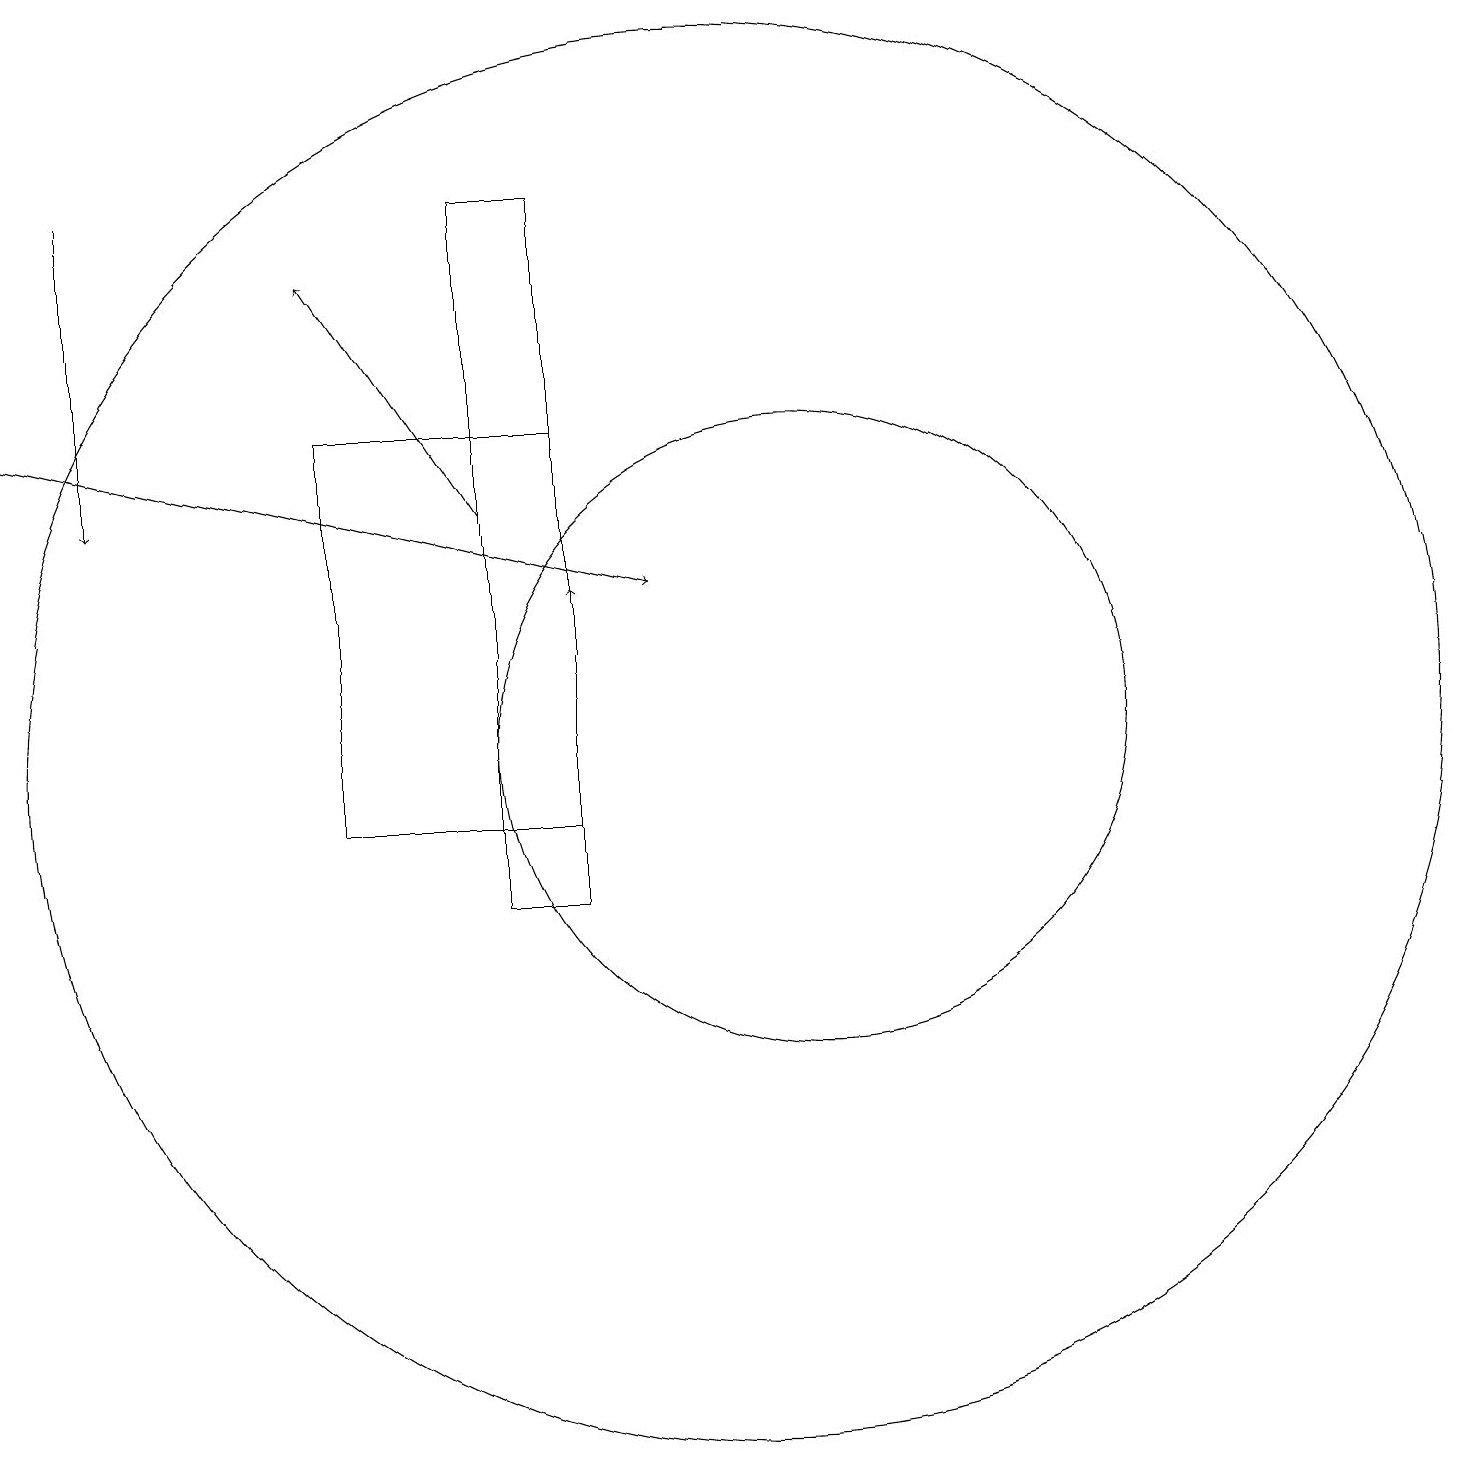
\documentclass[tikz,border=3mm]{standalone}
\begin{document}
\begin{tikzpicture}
\draw[->] (1,16) -- (9,14);
\draw[->] (7,15) -- (5,18);
\draw (11,12) circle (4);
\draw (10,12) circle (9);
\draw[->] (2,19) -- (2,15);
\draw (7,19) rectangle (8,10);
\draw (8,16) rectangle (5,11);
\draw[->] (8,12) -- (8,14);
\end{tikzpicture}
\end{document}